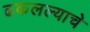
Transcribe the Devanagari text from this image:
ढकलल्याचे